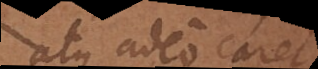
atque adeo caret